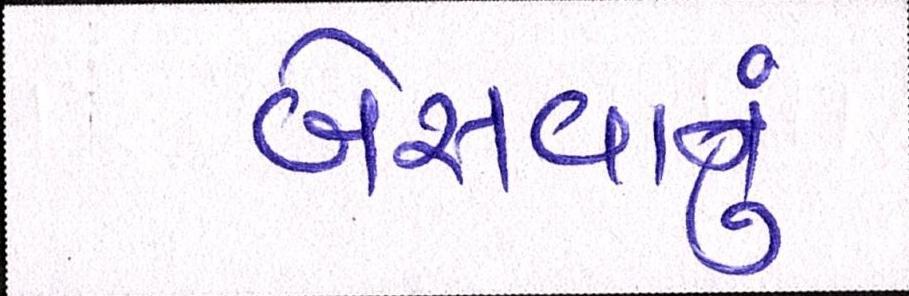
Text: બેસવાનું